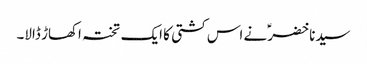
سیدنا خضرؑ نے اس کشتی کا ایک تختہ اکھاڑ ڈالا۔